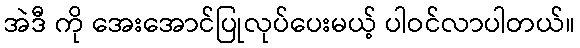
အဲဒီ ကို အေးအောင်ပြုလုပ်ပေးမယ့် ပါဝင်လာပါတယ်။